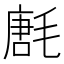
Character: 㲥